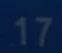
17